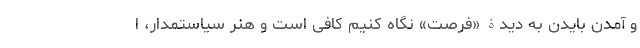
و آمدن بایدن به دیدۀ «فرصت» نگاه کنیم کافی است و هنر سیاستمدار، ا